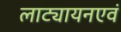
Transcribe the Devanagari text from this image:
लाट्यायनएवं